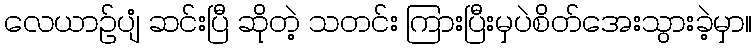
လေယာဉ်ပျံ ဆင်းပြီ ဆိုတဲ့ သတင်း ကြားပြီးမှပဲစိတ်အေးသွားခဲ့မှာ။